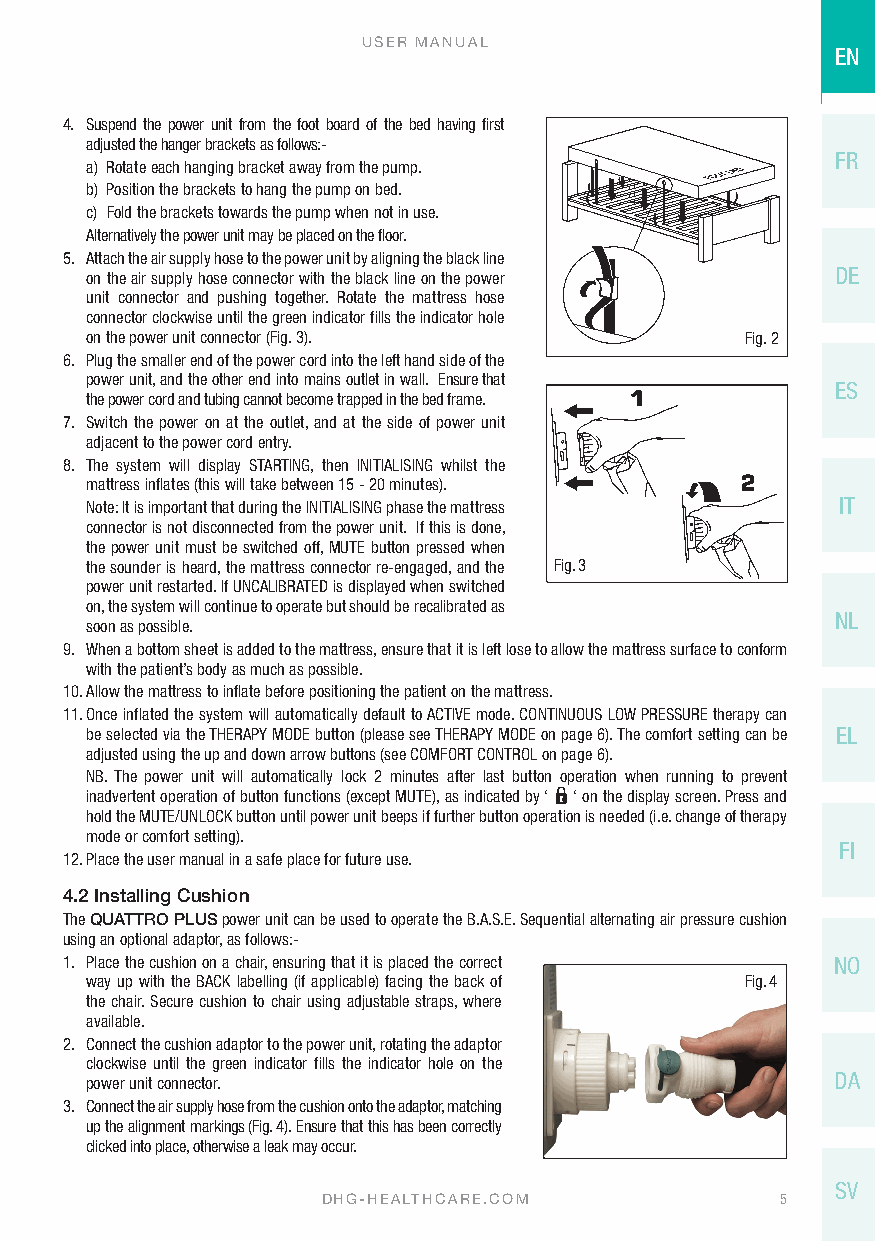
USER MANUAL
 EN
 4. Suspend the power unit from the foot board of the bed having first
 adjusted the hanger brackets as follows:-
 FR
 a) Rotate each hanging bracket away from the pump.
 b) Position the brackets to hang the pump on bed.
 c) Fold the brackets towards the pump when not in use.
 Alternatively the power unit may be placed on the floor.
 5. Attach the air supply hose to the power unit by aligning the black line
 on the air supply hose connector with the black line on the power DE
 unit connector and pushing together. Rotate the mattress hose
 connector clockwise until the green indicator fills the indicator hole
 on the power unit connector (Fig. 3).      Fig. 2
 6. Plug the smaller end of the power cord into the left hand side of the
 power unit, and the other end into mains outlet in wall. Ensure that
 ES
 the power cord and tubing cannot become trapped in the bed frame.
 7. Switch the power on at the outlet, and at the side of power unit
 adjacent to the power cord entry.
 8. The system will display STARTING, then INITIALISING whilst the
 mattress inflates (this will take between 15 - 20 minutes).
 Note: It is important that during the INITIALISING phase the mattress IT
 connector is not disconnected from the power unit. If this is done,
 the power unit must be switched off, MUTE button pressed when
 the sounder is heard, the mattress connector re-engaged, and the Fig. 3
 power unit restarted. If UNCALIBRATED is displayed when switched
 on, the system will continue to operate but should be recalibrated as
 NL
 soon as possible.
 9. When a bottom sheet is added to the mattress, ensure that it is left lose to allow the mattress surface to conform
 with the patient’s body as much as possible.
 10. Allow the mattress to inflate before positioning the patient on the mattress.
 11. Once inflated the system will automatically default to ACTIVE mode. CONTINUOUS LOW PRESSURE therapy can
 be selected via the THERAPY MODE button (please see THERAPY MODE on page 6). The comfort setting can be EL
 adjusted using the up and down arrow buttons (see COMFORT CONTROL on page 6).
 NB. The power unit will automatically lock 2 minutes after last button operation when running to prevent
 inadvertent operation of button functions (except MUTE), as indicated by ‘ ‘ on the display screen. Press and
 hold the MUTE/UNLOCK button until power unit beeps if further button operation is needed (i.e. change of therapy
 mode or comfort setting).
 FI
 12. Place the user manual in a safe place for future use.
 4.2 Installing Cushion
 The QUATTRO PLUS power unit can be used to operate the B.A.S.E. Sequential alternating air pressure cushion
 using an optional adaptor, as follows:-
 1. Place the cushion on a chair, ensuring that it is placed the correct NO
 way up with the BACK labelling (if applicable) facing the back of Fig. 4
 the chair. Secure cushion to chair using adjustable straps, where
 available.
 2. Connect the cushion adaptor to the power unit, rotating the adaptor
 clockwise until the green indicator fills the indicator hole on the
 DA
 power unit connector.
 3. Connect the air supply hose from the cushion onto the adaptor, matching
 up the alignment markings (Fig. 4). Ensure that this has been correctly
 clicked into place, otherwise a leak may occur.
 SV
 DHG-HEALTHCARE.COM             5